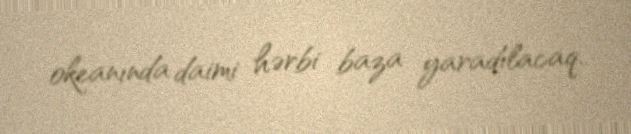
okeanında daimi hərbi baza yaradılacaq.